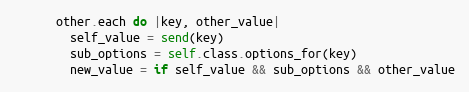
Language: Ruby
      other.each do |key, other_value|
        self_value = send(key)
        sub_options = self.class.options_for(key)
        new_value = if self_value && sub_options && other_value